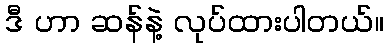
ဒီ ဟာ ဆန်နဲ့ လုပ်ထားပါတယ်။